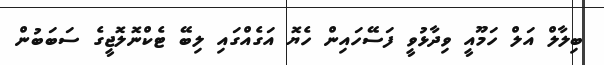
ބިލާލް އަލް ހަމޫއީ ވިދާޅުވީ ފަސޭހައިން ހެޔޮ އަގެއްގައި ލިބޭ ޓެކްނޮލޮޖީގެ ސަބަބުން